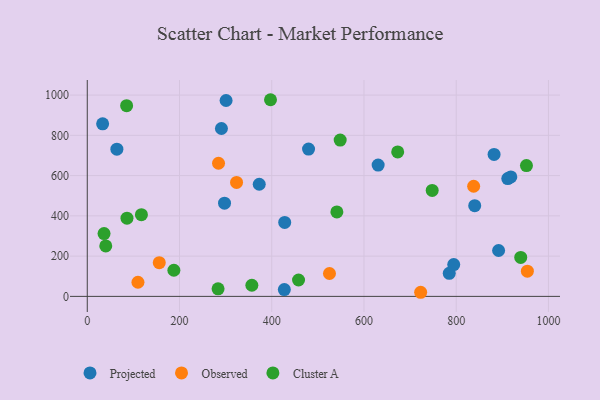
{"axis": {"x": "Experience", "y": "Sales"}, "legend": ["Cluster A", "Observed", "Projected"], "data": [{"x": "301.0", "y": 973.2, "type": "Projected"}, {"x": "911.8", "y": 585.1, "type": "Projected"}, {"x": "784.9", "y": 114.3, "type": "Projected"}, {"x": "840.1", "y": 450.4, "type": "Projected"}, {"x": "428.1", "y": 367.6, "type": "Projected"}, {"x": "891.9", "y": 228.0, "type": "Projected"}, {"x": "297.6", "y": 463.1, "type": "Projected"}, {"x": "64.2", "y": 731.1, "type": "Projected"}, {"x": "479.8", "y": 731.7, "type": "Projected"}, {"x": "372.9", "y": 557.1, "type": "Projected"}, {"x": "794.6", "y": 158.2, "type": "Projected"}, {"x": "882.1", "y": 705.3, "type": "Projected"}, {"x": "630.7", "y": 652.4, "type": "Projected"}, {"x": "918.4", "y": 593.5, "type": "Projected"}, {"x": "427.3", "y": 33.7, "type": "Projected"}, {"x": "33.3", "y": 857.5, "type": "Projected"}, {"x": "290.9", "y": 834.1, "type": "Projected"}, {"x": "722.9", "y": 20.4, "type": "Observed"}, {"x": "109.9", "y": 70.1, "type": "Observed"}, {"x": "525.2", "y": 113.7, "type": "Observed"}, {"x": "156.1", "y": 167.4, "type": "Observed"}, {"x": "837.8", "y": 547.2, "type": "Observed"}, {"x": "954.3", "y": 125.2, "type": "Observed"}, {"x": "323.7", "y": 566.0, "type": "Observed"}, {"x": "284.6", "y": 661.3, "type": "Observed"}, {"x": "458.1", "y": 81.3, "type": "Cluster A"}, {"x": "673.1", "y": 717.7, "type": "Cluster A"}, {"x": "541.2", "y": 419.8, "type": "Cluster A"}, {"x": "187.8", "y": 129.8, "type": "Cluster A"}, {"x": "283.6", "y": 37.5, "type": "Cluster A"}, {"x": "747.9", "y": 526.2, "type": "Cluster A"}, {"x": "952.3", "y": 649.9, "type": "Cluster A"}, {"x": "356.9", "y": 55.4, "type": "Cluster A"}, {"x": "40.1", "y": 250.9, "type": "Cluster A"}, {"x": "86.1", "y": 388.4, "type": "Cluster A"}, {"x": "85.3", "y": 947.5, "type": "Cluster A"}, {"x": "36.4", "y": 311.9, "type": "Cluster A"}, {"x": "939.9", "y": 193.6, "type": "Cluster A"}, {"x": "548.4", "y": 776.7, "type": "Cluster A"}, {"x": "397.3", "y": 977.0, "type": "Cluster A"}, {"x": "117.4", "y": 405.9, "type": "Cluster A"}]}